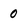
Character: 0